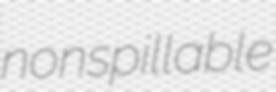
nonspillable